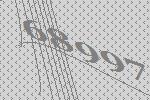
68997